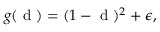
g ( \mathrm { ~ d ~ } ) = ( 1 - \mathrm { ~ d ~ } ) ^ { 2 } + \epsilon ,